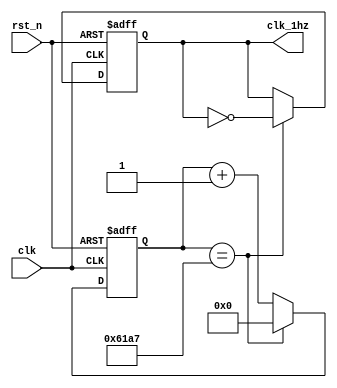
module  freq_change(//分频器
		//system signals
        input clk,//50Mhz 晶振频率
        input rst_n,//系统复位
		
        output reg clk_1hz,//1Hz时钟
        );
    
    reg [25: 0] clk_cnt;//时钟内部计数器，用于分频
    //占空比为50%，50MHz，则周期为20ns，10ns完成一次翻转
    always  @(posedge clk or negedge rst_n) begin
            if(rst_n == 1'b0)//如果rst_n为0，时钟计数清零
                clk_cnt <= 'd0;
            else if(clk_cnt == 'd24_999)//将50MHz分频为1Hz（24'900'000是因为占空比为50%）
                clk_cnt <= 'd0;
            else
                clk_cnt <= clk_cnt + 1'b1;//时钟内部计数器
    end

    //clk_1hz
    always @(posedge clk or negedge rst_n) begin
            if(rst_n == 1'b0)//检测置零信号
                clk_1hz <= 1'b0;
            else if(clk_cnt == 'd24_999)
                clk_1hz <= ~clk_1hz;//反转
    end

endmodule